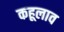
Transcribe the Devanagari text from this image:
कहूलाव